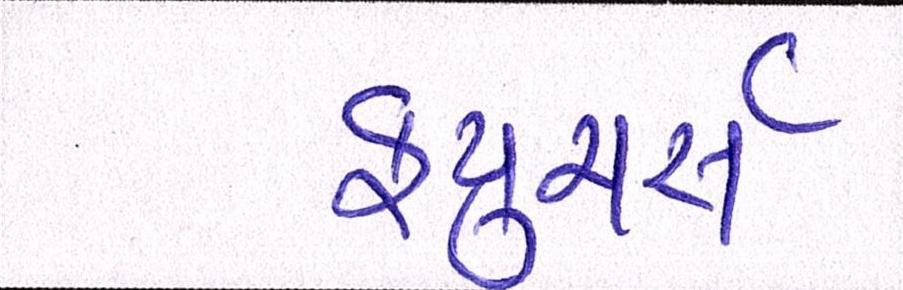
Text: ફ્યુચર્સ